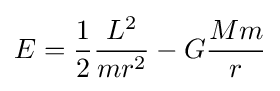
E={\frac {1}{2}}{\frac {L^{2}}{mr^{2}}}-G{\frac {Mm}{r}}